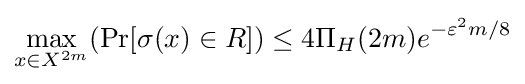
\max _{x\in X^{2m}}(\Pr[\sigma (x)\in R])\leq 4\Pi _{H}(2m)e^{-\varepsilon ^{2}m/8}